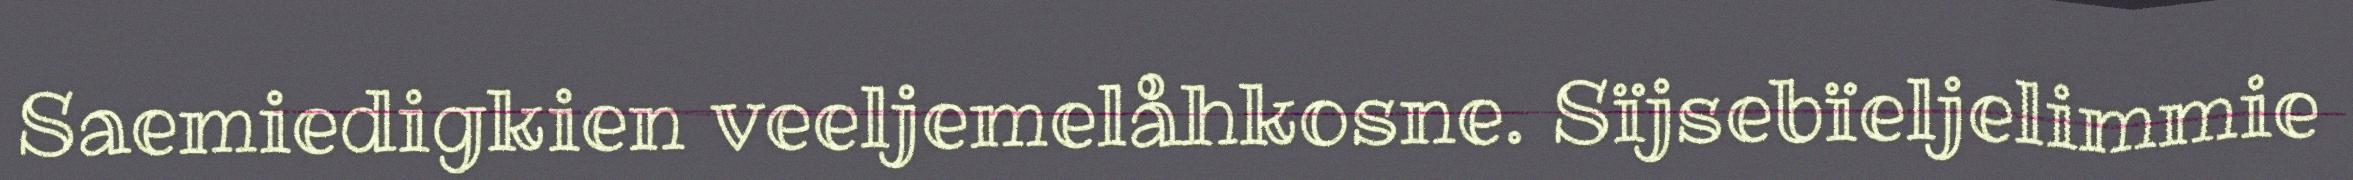
Saemiedigkien veeljemelåhkosne. Sïjsebïeljelimmie